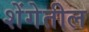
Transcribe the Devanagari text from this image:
शेंगेतील